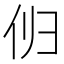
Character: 𫢔